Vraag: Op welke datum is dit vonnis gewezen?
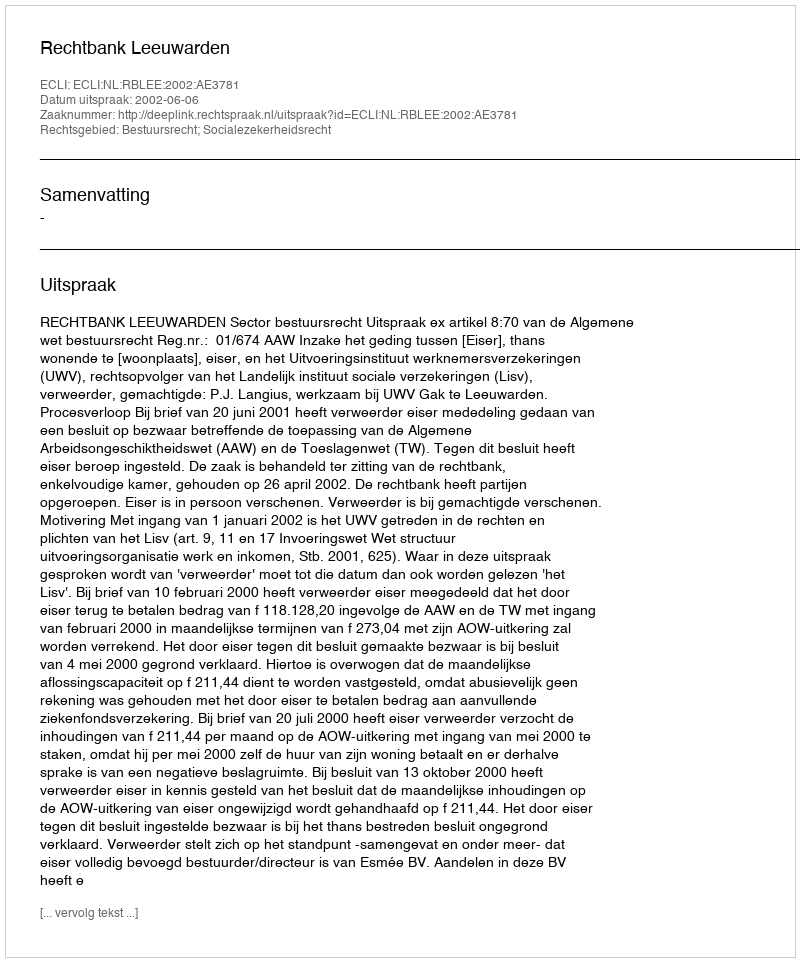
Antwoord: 2002-06-06